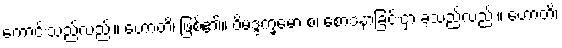
ကောင်းသည်လည်း။ ဟောတိ၊ ဖြစ်၏။ ဝိမဒ္ဒက္ခမော စ၊ စောဒနာခြင်းငှာ ခံ့သည်လည်း။ ဟောတိ၊